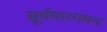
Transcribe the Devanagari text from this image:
सूर्यपारगमन